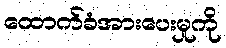
ထောက်ခံအားပေးမှုကို